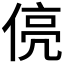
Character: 𬾻